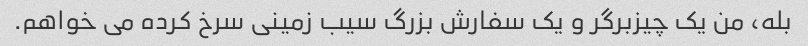
بله، من یک چیزبرگر و یک سفارش بزرگ سیب زمینی سرخ کرده می خواهم.